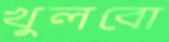
খুলবো